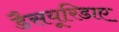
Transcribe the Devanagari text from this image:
डैसयूरिडाए